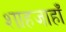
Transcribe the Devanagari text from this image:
शाहजाहाँ